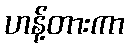
ဟန့်တားကာ